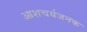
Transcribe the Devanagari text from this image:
आशचर्यजनक